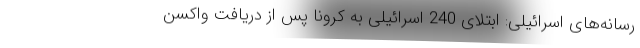
رسانه‌های اسرائیلی: ابتلای 240 اسرائیلی به کرونا پس از دریافت واکسن